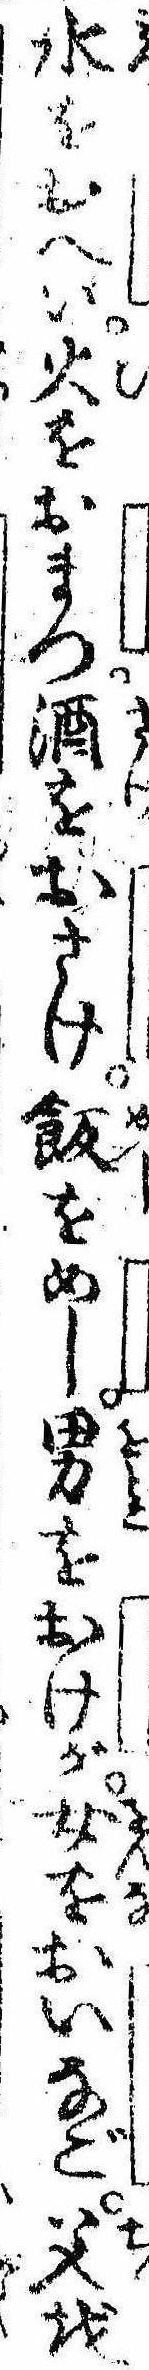
水をおへい火をおまつ酒をおさけ飯をめし男をおけが女をおいなご父を